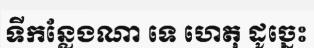
ទីកន្លែងណា ទេ ហេតុ ដូច្នេះ